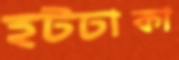
হটঢাকা